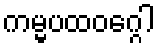
ကမ္မပထဝဂ္ဂေါ